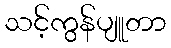
သင့်ကွန်ပျူတာ